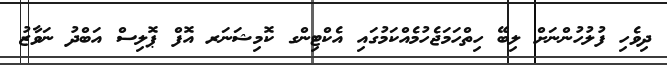
ދިވެހި ފުލުހުންނަށް ލިބޭ ހިތްހަމަޖެހުމެއްކަމުގައި އެކްޓިިންގ ކޮމިޝަނަރ އޮފް ޕޮލިސް އަބްދު ނަވާޒު